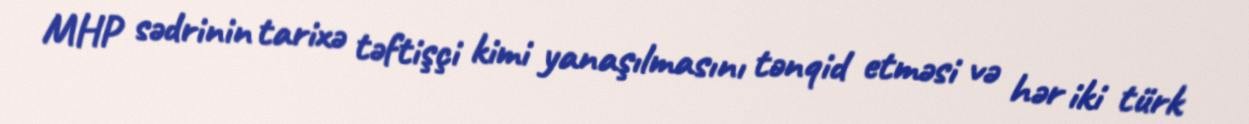
MHP sədrinin tarixə təftişçi kimi yanaşılmasını tənqid etməsi və hər iki türk